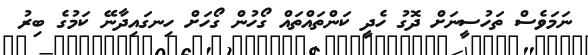
ނަމަވެސް ތަހުސީނަށް ދޮގު ހެދީ ކަންތައްތައް ގޯހުން ގޯހަށް ހިނގައިދާނޭ ކަމުގެ ބިރު